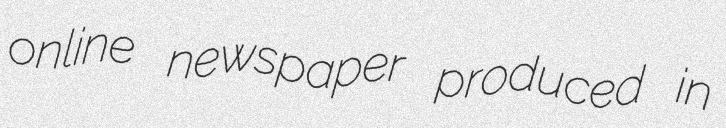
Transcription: online newspaper produced in